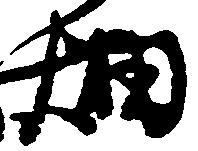
畑